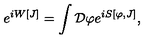
e ^ { i W [ J ] } = \int { \cal D } \varphi e ^ { i S [ \varphi , J ] } ,